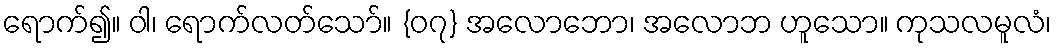
ရောက်၍။ ဝါ၊ ရောက်လတ်သော်။ {၀၇} အလောဘော၊ အလောဘ ဟူသော။ ကုသလမူလံ၊